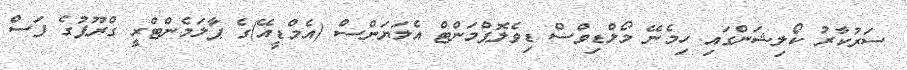
ސަރުކާރު ކޯލިޝަންގައި ހިމެނޭ މޯލްޑިވްސް ޑިވެލޮޕްމަންޓް އެލަޔަންސް (އެމްޑީއޭ)ގެ ޕާލަމެންޓްރީ ގްރޫޕުގެ ފަސް